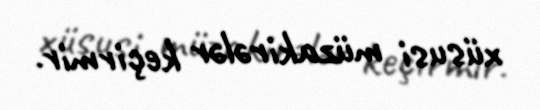
xüsusi müzakirələr keçirmir.